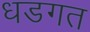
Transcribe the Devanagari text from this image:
धडगत